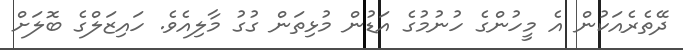
ދޭތެރެއަކުން އެ މީހުންގެ ހުނުމުގެ އަޑުން މުޅިތަން ގުގު މާލިއެވެ. ހައިޒަލްގެ ބޮލަށް